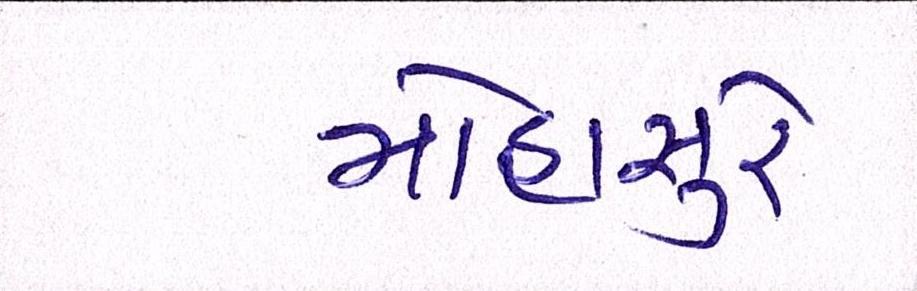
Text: મોહાસુરે